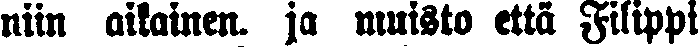
niin aikainen. ja muisto että Filippi